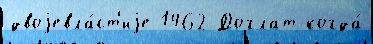
двоjевла́ст'иjе 1462 Доглат когда́